Scottish Leaving Certificate Examination, 1956
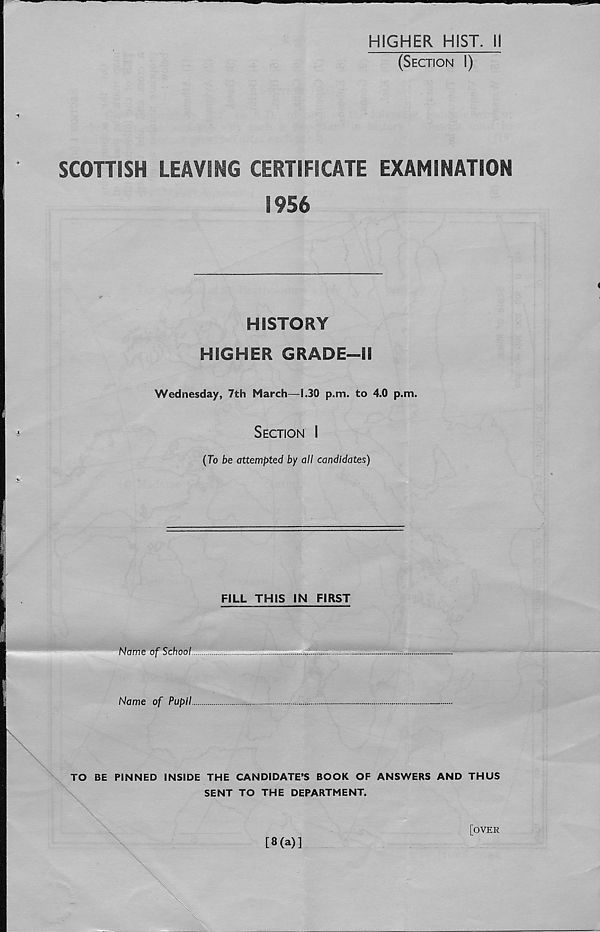
HIGHER HIST. 11
(Section I)
SCOTTISH LEAVING CERTIFICATE EXAMINATION
1956
HISTORY
HIGHER GRADE—II
Wednesday, 7th March—1.30 p.m. to 4.0 p.m.
Section I
(To be attempted by all candidates)
FILL THIS IN FIRST
Name of School
Name of Pupil.
TO BE PINNED INSIDE THE CANDIDATE’S BOOK OF ANSWERS AND THUS
SENT TO THE DEPARTMENT.
[8(a)]
[over